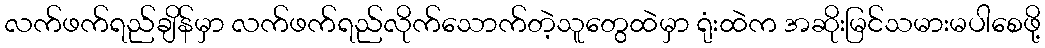
လက်ဖက်ရည်ချိန်မှာ လက်ဖက်ရည်လိုက်သောက်တဲ့သူတွေထဲမှာ ရုံးထဲက အဆိုးမြင်သမားမပါစေဖို့